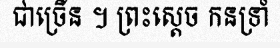
ជាច្រើន ។ ព្រះស្តេច កនទ្រាំ